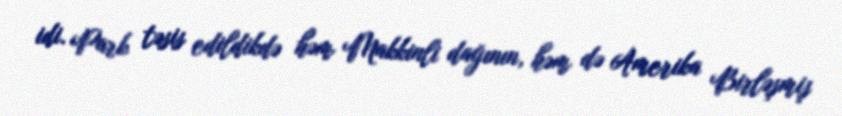
idi. Park təsis edildikdə həm Makkinli dağının, həm də Amerika Birləşmiş